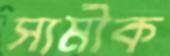
স্যমীক